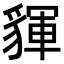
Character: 𧳰